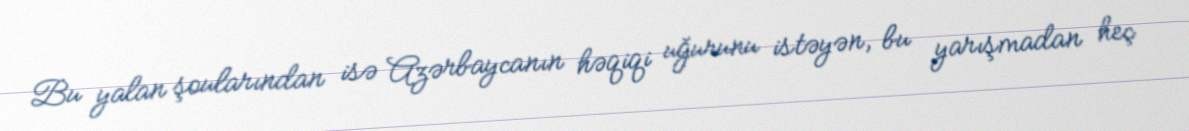
Bu yalan şoularından isə Azərbaycanın həqiqi uğurunu istəyən, bu yarışmadan heç